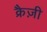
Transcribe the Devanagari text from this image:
क्रैज़ी